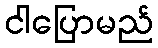
ငါပြောမည်